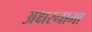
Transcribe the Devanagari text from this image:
अक्षरनामा